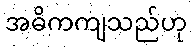
အဓိကကျသည်ဟု